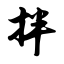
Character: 拌